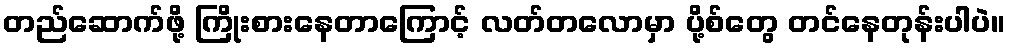
တည်ဆောက်ဖို့ ကြိုးစားနေတာကြောင့် လတ်တလောမှာ ပို့စ်တွေ တင်နေတုန်းပါပဲ။